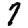
Digit: 7